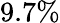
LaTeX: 9.7\%